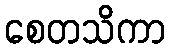
စေတသိကာ